Annual report on the Civil Veterinary Department, Burma (including the Insein Veterinary School) - 1910-1922
Year: 1910
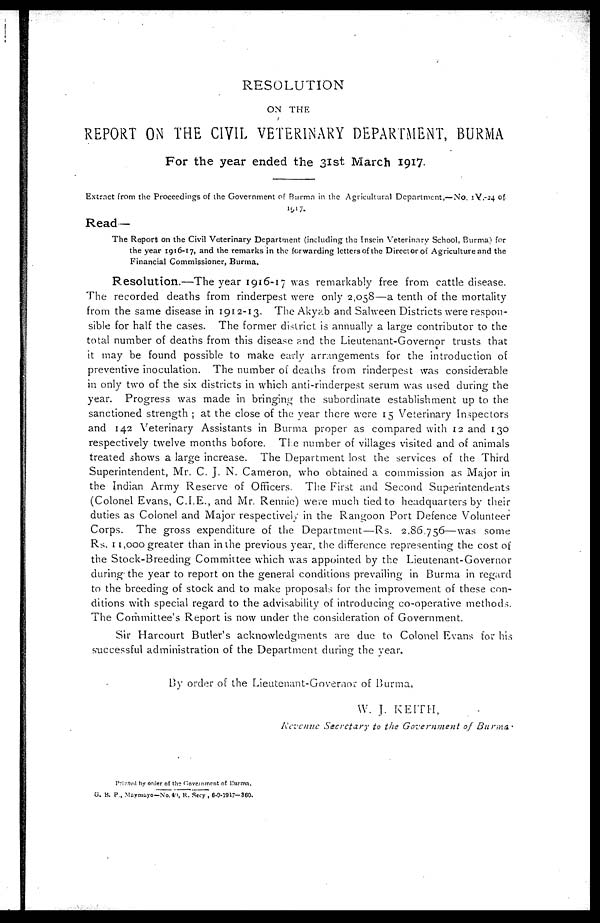
RESOLUTION
ON THE
REPORT ON THE CIVIL VETERINARY DEPARTMENT, BURMA
For the year ended the 31st March 1917.
Extract from the Proceedings of the Government of Burma in the Agricultural Department,—No. 1V.-24 of
1917.
Read—
The Report on the Civil Veterinary Department (including the Insein Veterinary School, Burma) for
the year 1916-17, and the remarks in the forwarding letters of the Director of Agriculture and the
Financial Commissioner, Burma.
Resolution.—The year 1916-17 was remarkably free from cattle disease.
The recorded deaths from rinderpest were only 2,058—a tenth of the mortality
from the same disease in 1912-13. The Akyab and Salween Districts were respon-
sible for half the cases. The former district is annually a large contributor to the
total number of deaths from this disease and the Lieutenant-Governor trusts that
it may be found possible to make early arrangements for the introduction of
preventive inoculation. The number of deaths from rinderpest was considerable
in only two of the six districts in which anti-rinderpest serum was used during the
year. Progress was made in bringing the subordinate establishment up to the
sanctioned strength ; at the close of the year there were 15 Veterinary Inspectors
and 142 Veterinary Assistants in Burma proper as compared with 12 and 130
respectively twelve months bofore. The number of villages visited and of animals
treated shows a large increase. The Department lost the services of the Third
Superintendent, Mr. C. J. N. Cameron, who obtained a commission as Major in
the Indian Army Reserve of Officers. The First and Second Superintendents
(Colonel Evans, C.I.E., and Mr. Rennie) were much tied to headquarters by their
duties as Colonel and Major respectively in the Rangoon Port Defence Volunteer
Corps. The gross expenditure of the Department—Rs. 2,86.756—was some
Rs. 11,000 greater than in the previous year, the difference representing the cost of
the Stock-Breeding Committee which was appointed by the Lieutenant-Governor
during the year to report on the general conditions prevailing in Burma in regard
to the breeding of stock and to make proposals for the improvement of these con-
ditions with special regard to the advisability of introducing co-operative methods.
The Committee's Report is now under the consideration of Government.
Sir Harcourt Butler's acknowledgments are due to Colonel Evans for his
successful administration of the Department during the year.
By order of the Lieutenant-Governor of Burma,
W. J. KEITH,
Revenue Secretary
to the Government
of Burma.
Printed by order of the Government of Burma.
G. B. P., Mayrouyo—No.40, R. Secy , 6-9-1917—360.